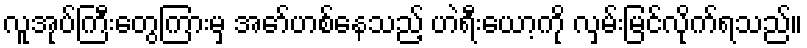
လူအုပ်ကြီးတွေကြားမှ အော်ဟစ်နေသည့် ဟဲရီးယော့ကို လှမ်းမြင်လိုက်ရသည်။